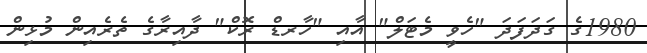
1980ގެ ގަދަފަދަ "ހެވީ މެޓަލް" އާއި "ހާރޑް ރޮކް" ދާއިރާގެ ތެރެއިން މުޅިން